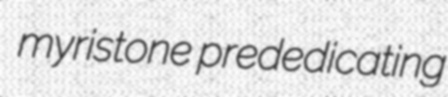
myristone prededicating